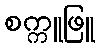
စက္ကူဖြူ